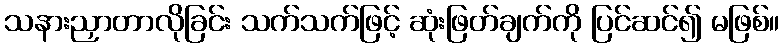
သနားညှာတာလိုခြင်း သက်သက်ဖြင့် ဆုံးဖြတ်ချက်ကို ပြင်ဆင်၍ မဖြစ်။